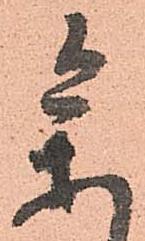
參